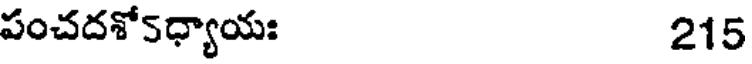
పంచదశో5ధ్యాయః 215